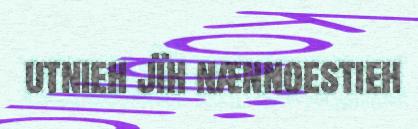
utnieh jïh nænnoestieh